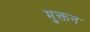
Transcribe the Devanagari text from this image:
मुक्तन